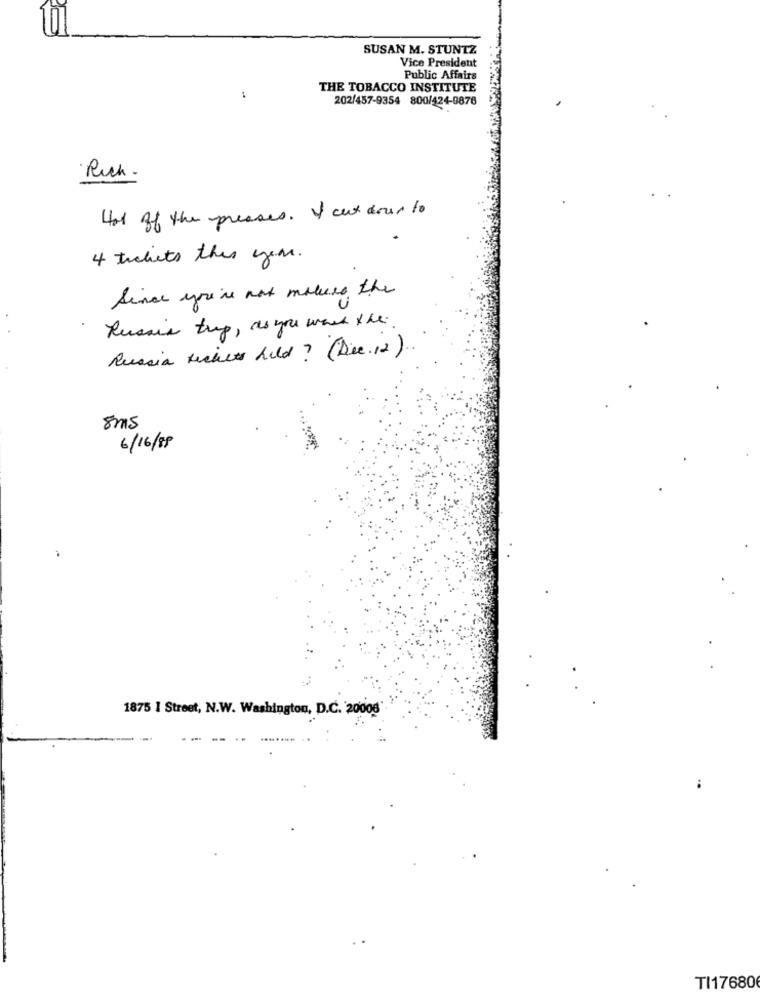
SUSAN M. STUNTZ
Vice President
Public Affairs
THE TOBACCO INSTITUTE
202/457-9354 800/424-0876
· Ruch .
Hot of the presses. I cut down to
4 tickets this year.
Since you're not maluco the
Rusais trup, as you want the
Russia tickets held ? (Dec. 12)
8ms
6/16/88
1875 1 Street, N.W. Washington, D.C. 20008
TI17680